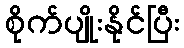
စိုက်ပျိုးနိုင်ပြီး